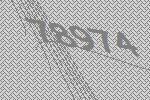
78974